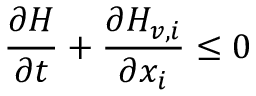
\frac { \partial H } { \partial t } + \frac { \partial H _ { v , i } } { \partial x _ { i } } \leq 0